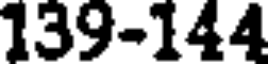
139-144